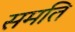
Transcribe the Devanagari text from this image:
समति